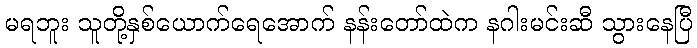
မရဘူး သူတို့နှစ်ယောက်ရေအောက် နန်းတော်ထဲက နဂါးမင်းဆီ သွားနေပြီ